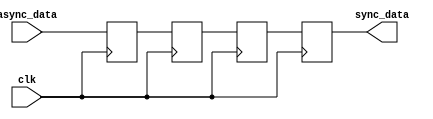
module triple_ff_synchronizer (
    input wire clk,          // Synchronous clock signal
    input wire async_data,   // Asynchronous input signal
    output reg sync_data     // Synchronized output signal
);

    // Internal signals for the flip-flops
    reg ff1, ff2, ff3;

    always @(posedge clk) begin
        ff1 <= async_data;  // First flip-flop captures the asynchronous input
        ff2 <= ff1;         // Second flip-flop captures the output of the first
        ff3 <= ff2;         // Third flip-flop captures the output of the second
    end

    // The final output is the output of the third flip-flop
    always @(posedge clk) begin
        sync_data <= ff3;   // Synchronized output signal
    end

endmodule